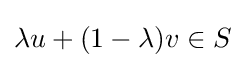
\lambda u+(1-\lambda )v\in S